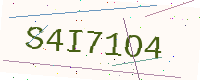
Text: S4I71O4